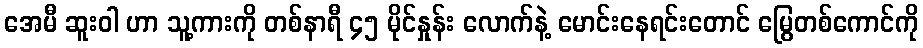
အေမီ ဆူးဝါ ဟာ သူ့ကားကို တစ်နာရီ ၄၅ မိုင်နှုန်း လောက်နဲ့ မောင်းနေရင်းတောင် မြွေတစ်ကောင်ကို